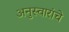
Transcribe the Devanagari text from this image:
अनुस्वारांचे